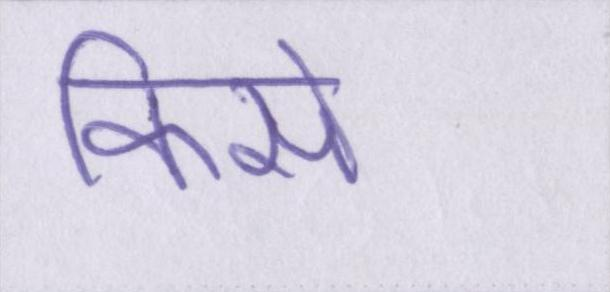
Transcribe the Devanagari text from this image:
किसे